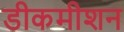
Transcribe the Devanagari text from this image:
डीकमीशन